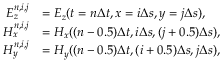
\begin{array} { r l } { E _ { z } ^ { n , i , j } } & { = E _ { z } ( t = n \Delta t , x = i \Delta s , y = j \Delta s ) , } \\ { H _ { x } ^ { n , i , j } } & { = H _ { x } ( ( n - 0 . 5 ) \Delta t , i \Delta s , ( j + 0 . 5 ) \Delta s ) , } \\ { H _ { y } ^ { n , i , j } } & { = H _ { y } ( ( n - 0 . 5 ) \Delta t , ( i + 0 . 5 ) \Delta s , j \Delta s ) , } \end{array}